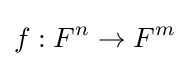
f:F^{n}\to F^{m}